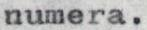
numera.